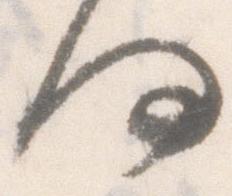
何